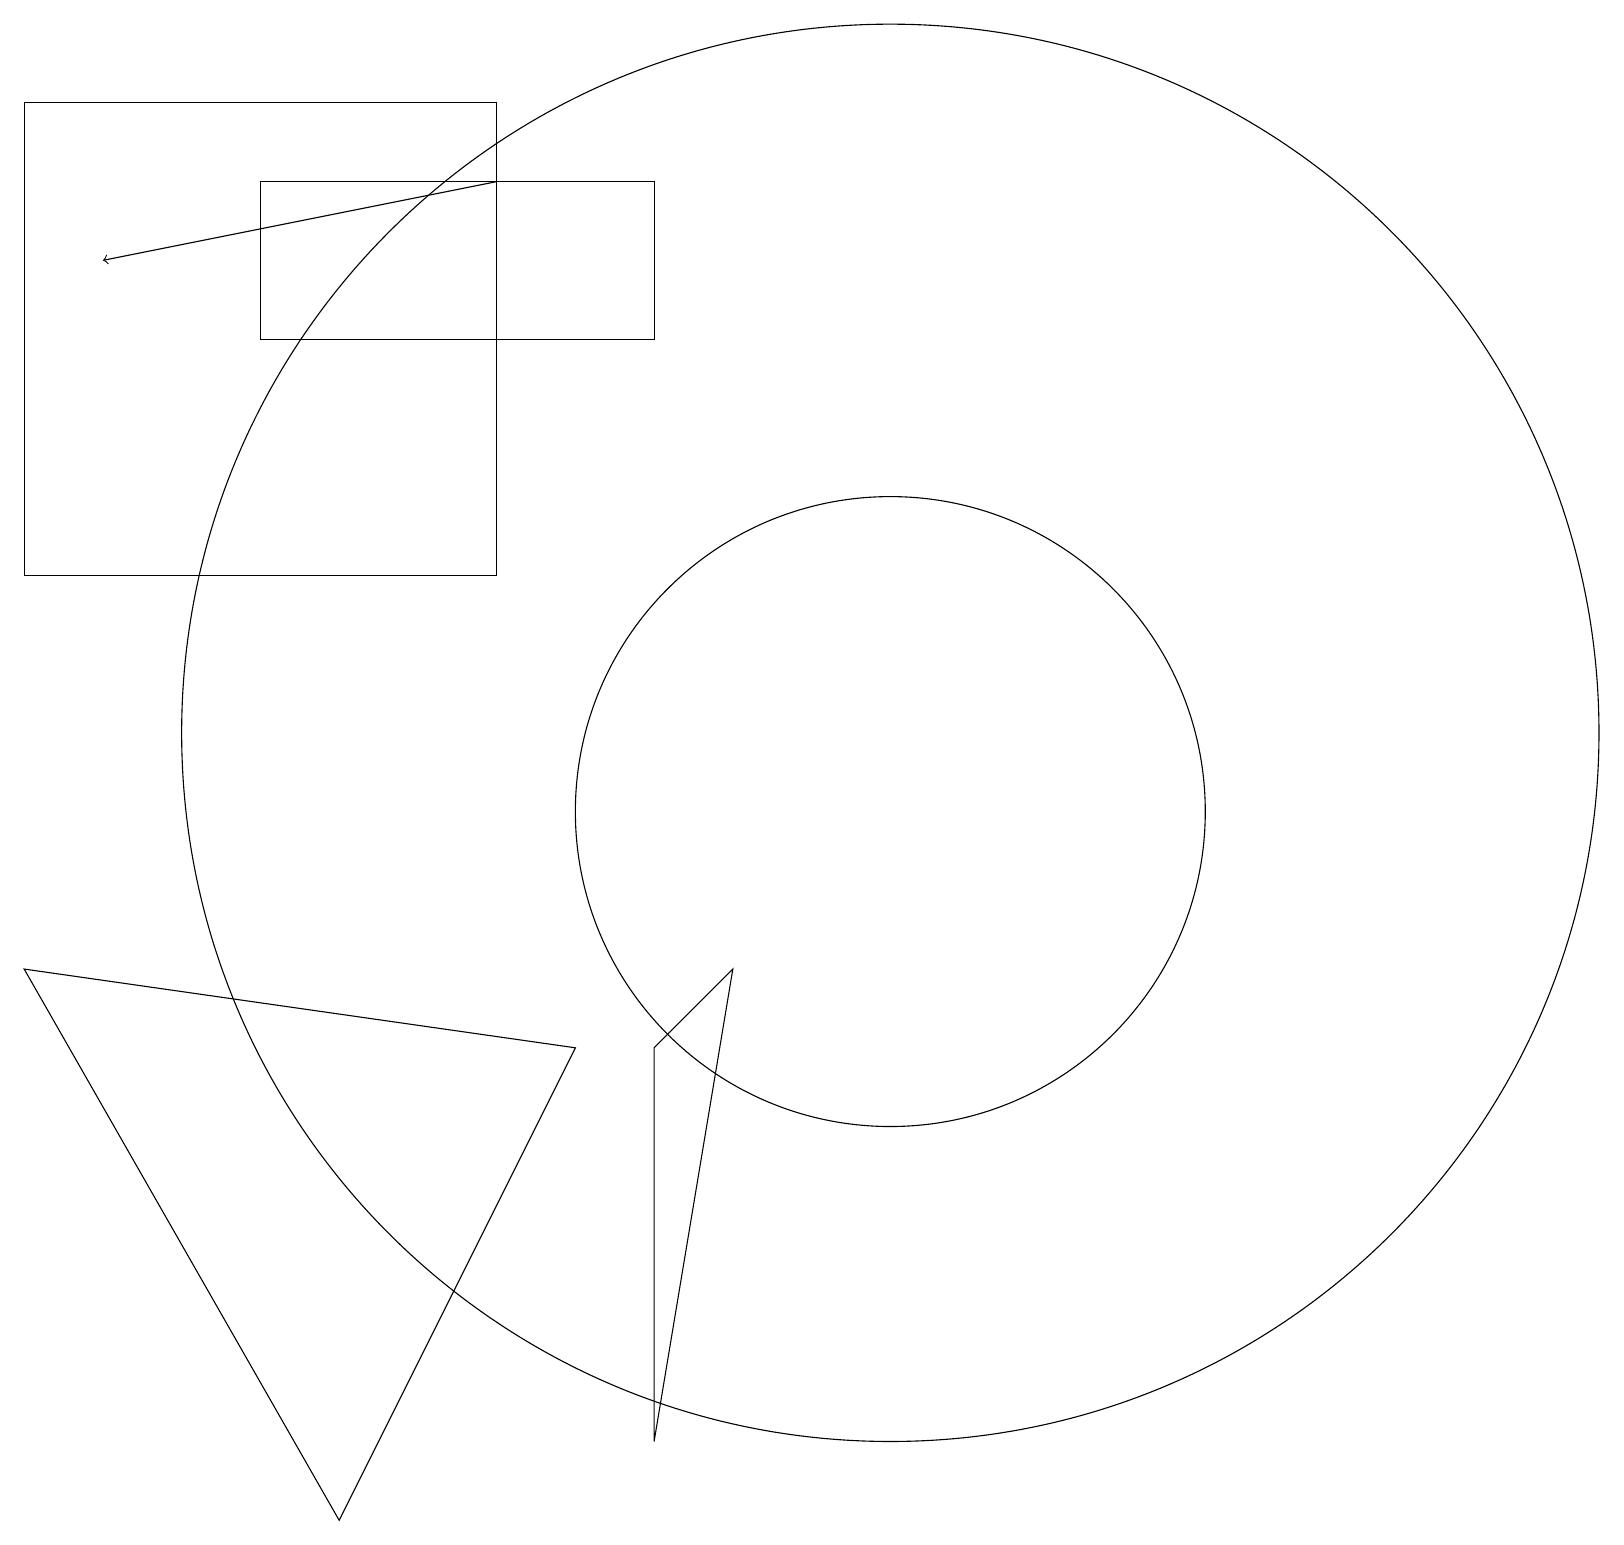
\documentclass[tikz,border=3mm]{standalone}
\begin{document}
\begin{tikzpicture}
\draw (11,11) circle (9);
\draw (11,10) circle (4);
\draw[->] (6,18) -- (1,17);
\draw (6,19) rectangle (0,13);
\draw (8,7) -- (9,8) -- (8,2) -- cycle;
\draw (4,1) -- (0,8) -- (7,7) -- cycle;
\draw (8,18) rectangle (3,16);
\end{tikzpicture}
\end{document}